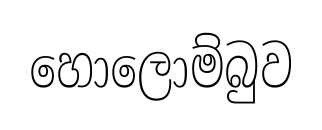
හොලොම්බුව